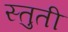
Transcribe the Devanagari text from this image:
स्‍तुती